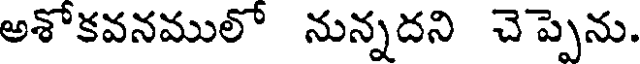
అశోకవనములో నున్నదని చెప్పెను.